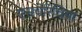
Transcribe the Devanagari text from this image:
एसचेरिचिया